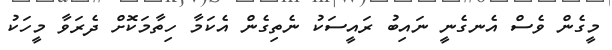
މީގެން ވެސް އެނގެނީ ނައިބު ރައީސަކު ނެތިގެން އެކަމާ ހިތާމަކޮށް ދެރަވާ މީހަކު